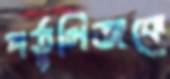
পর্তুগিজকে